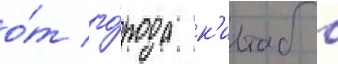
о́т го́рода к'итаб в